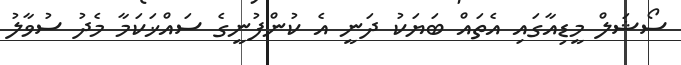
ސޯޝަލް މީޑިއާގައި އެތައް ބަޔަކު ދަނީ އެ ކުންފުނީގެ ސައްޚަކަމާ މެދު ސުވާލު